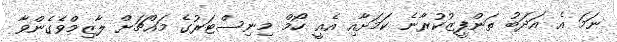
ނަމަ އެ އަދަބު ތަންފީޒުކުރާނެ ކަމަށާއި އެއީ ހޯމް މިނިސްޓަރުގެ މައްޗަށް ލާޒިމްވެގެންވާ